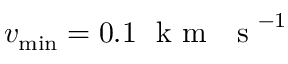
v _ { \mathrm { m i n } } = 0 . 1 ~ \mathrm { ~ k ~ m ~ ~ ~ s ~ } ^ { - 1 }